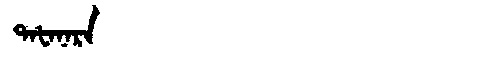
Manchu: ᡨᠠᡶᠠᠨᠠᡵᠠ
Romanization: TAFANARA